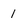
Character: 1